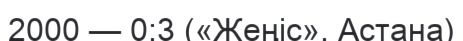
2000 — 0:3 («Жеңіс», Астана)